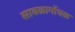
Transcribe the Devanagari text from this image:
सावळागोंधळ